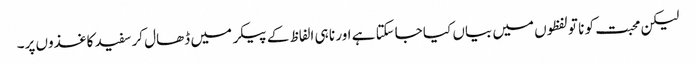
لیکن محبت کو نا تو لفظوں میں بیاں کیا جاسکتا ہے اور نا ہی الفاظ کے پیکر میں ڈھال کر سفید کاغذوں پر۔